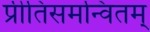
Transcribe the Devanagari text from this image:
प्रीतिसमन्वितम्